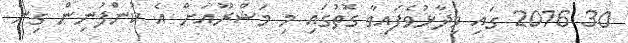
30 2016 ގައި ވިދާޅުވެފައިވާ ގޮތުގައި މި މަޝްރޫއަށް އެ ކުންފުނިން ގިނަ